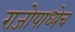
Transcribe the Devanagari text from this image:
राजोपाध्येच